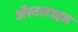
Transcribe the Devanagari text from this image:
अॅस्टाटाइड